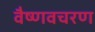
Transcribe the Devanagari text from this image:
वैष्णवचरण